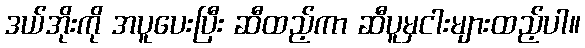
ဒယ်အိုးကို အပူပေးပြီး ဆီထည့်ကာ ဆီပူမှငါးများထည့်ပါ။